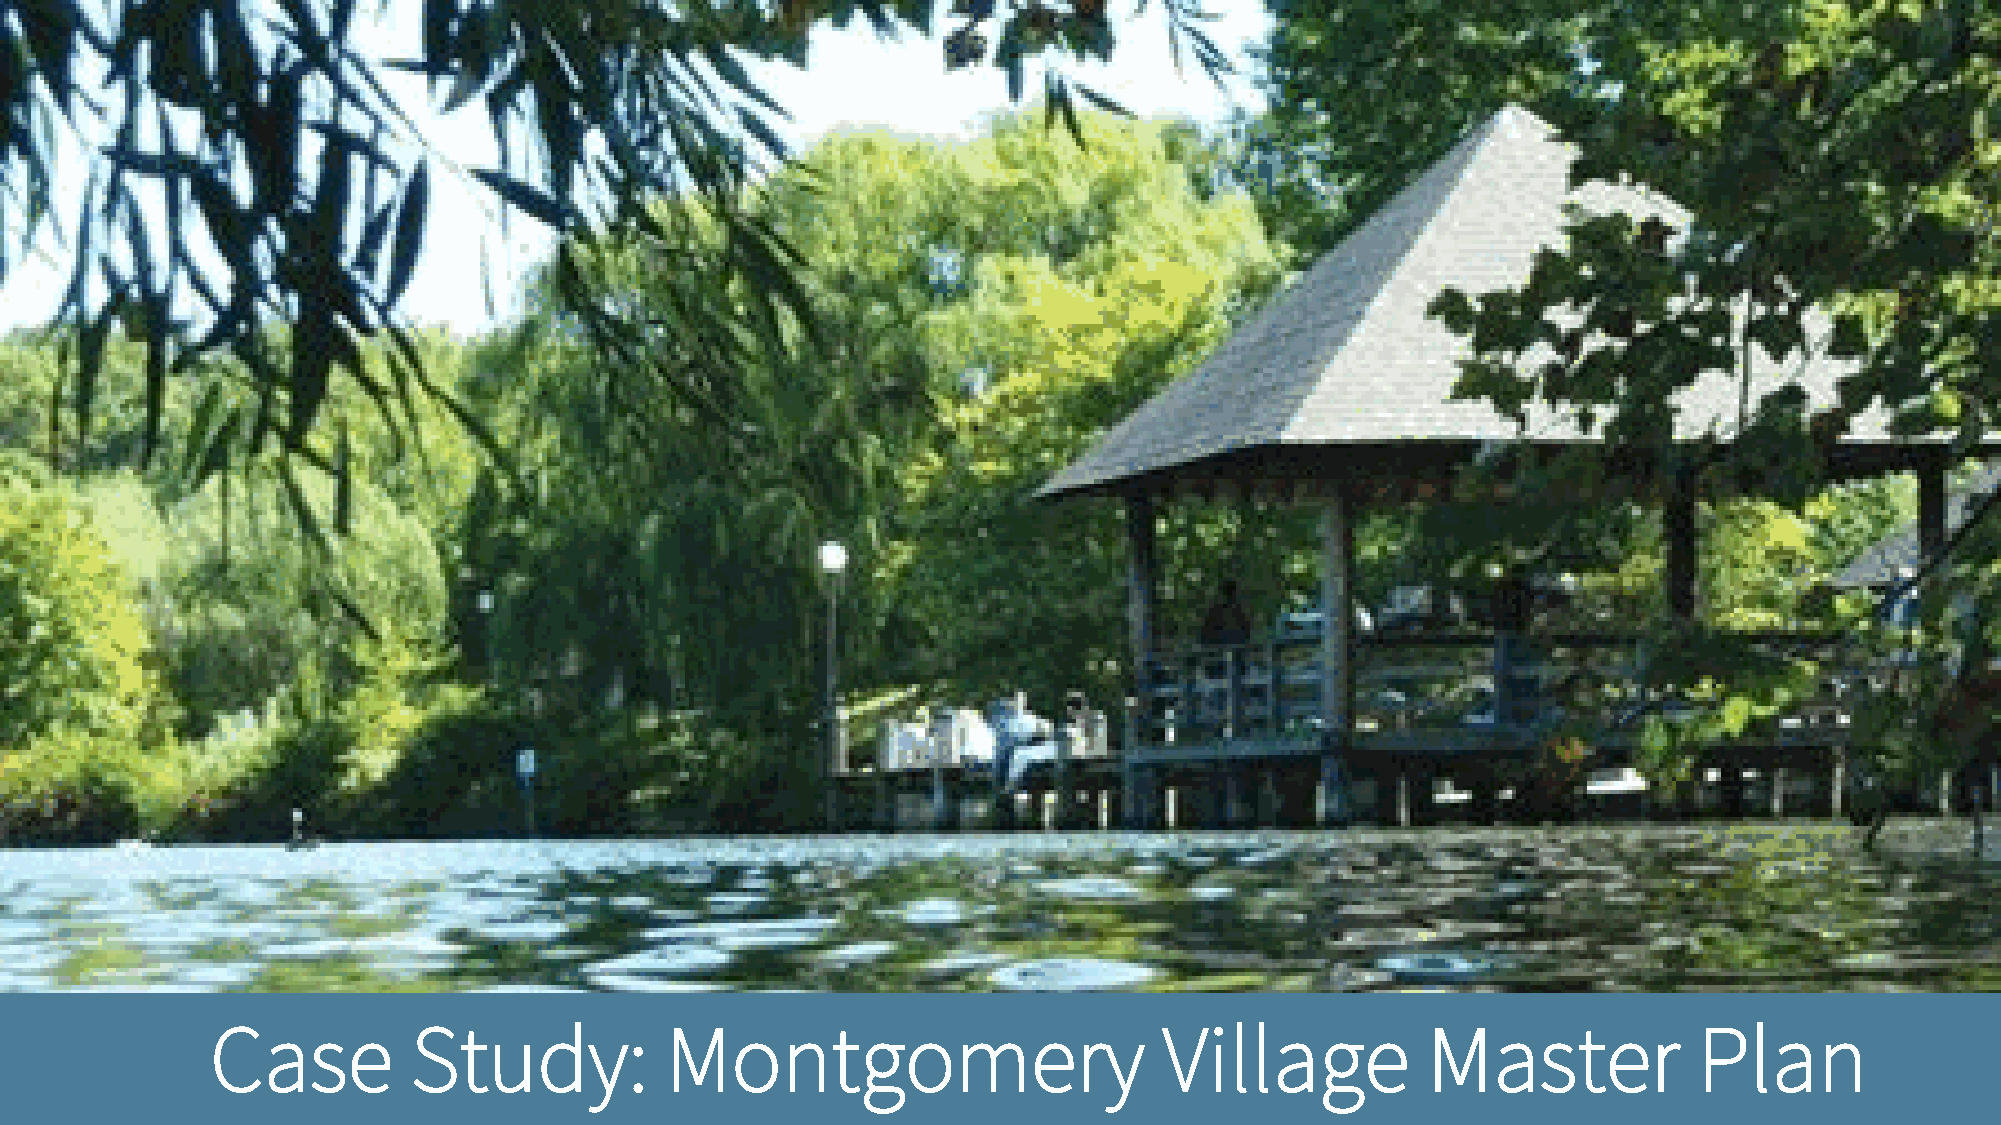
Case         Study:           Montgomery                       Village          Master            Plan